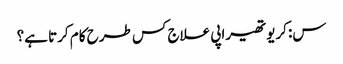
س: کریوتھیراپی علاج کس طرح کام کرتا ہے؟